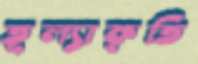
তূল্যাকৃতি